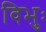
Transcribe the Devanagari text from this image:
विभुः